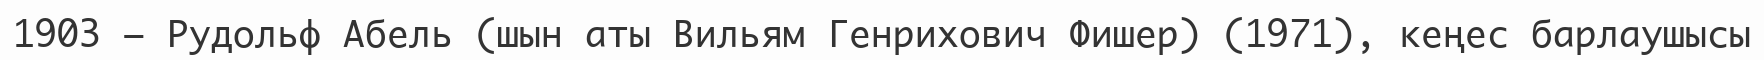
1903 — Рудольф Абель (шын аты Вильям Генрихович Фишер) (1971), кеңес барлаушысы